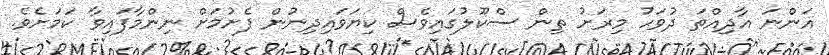
އަންނަ އާދިއްތަ ދުވަހު މިރަށު ތިން ސްކޫލުގައިވެސް ކިޔަވައިދިނުން ފެށުމަށް ނިންމާފައިވާ ކަމަށެވެ.